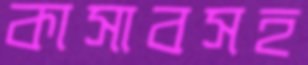
কাসাবসহ